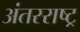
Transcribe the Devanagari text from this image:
अंतरराष्ट्र